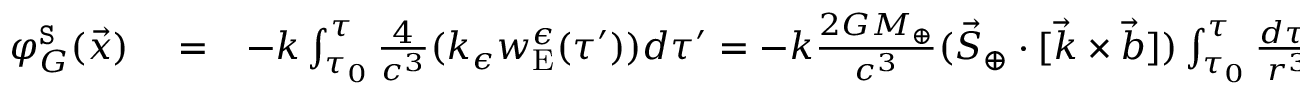
\begin{array} { r l r } { \varphi _ { G } ^ { \tt S } ( \vec { x } ) } & { { } = } & { - k \int _ { \tau _ { 0 } } ^ { \tau } \frac { 4 } { c ^ { 3 } } ( k _ { \epsilon } w _ { \mathrm { E } } ^ { \epsilon } ( \tau ^ { \prime } ) ) d \tau ^ { \prime } = - k \frac { 2 G M _ { \oplus } } { c ^ { 3 } } ( { \vec { S } } _ { \oplus } \cdot [ { \vec { k } } \times \vec { b } ] ) \int _ { \tau _ { 0 } } ^ { \tau } \frac { d \tau ^ { \prime } } { r ^ { 3 } } = - k \frac { 2 G M _ { \oplus } } { c ^ { 3 } } \frac { ( { \vec { S } } _ { \oplus } \cdot [ { \vec { k } } \times \vec { m } ] ) } { b } \big ( \vec { k } \cdot ( \vec { n } - \vec { n } _ { 0 } ) \big ) . ~ ~ ~ ~ ~ ~ } \end{array}